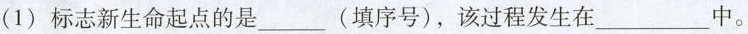
(1)标志新生命起点的是___(填序号)，该过程发生在___中。